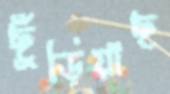
ছুঁড়িয়াছ